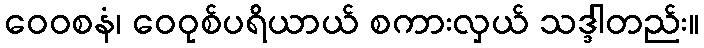
ဝေဝစနံ၊ ဝေဝုစ်ပရိယာယ် စကားလှယ် သဒ္ဒါတည်း။